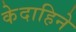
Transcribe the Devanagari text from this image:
केदाहिने